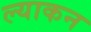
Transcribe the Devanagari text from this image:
ल्याकन